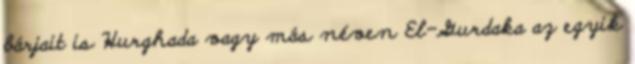
bárjait is Hurghada vagy más néven El-Gurdaka az egyik